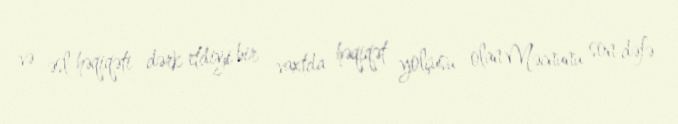
və əsl həqiqəti dərk etdiyi bir vaxtda həqiqət yolçusu olan Məcnunu son dəfə